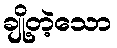
ချို့တဲ့သော